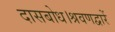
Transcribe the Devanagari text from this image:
दासबोध।श्रवणद्वारें